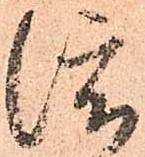
渡